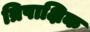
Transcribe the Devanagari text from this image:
त्रिपाक्षिक